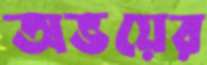
অভয়ের